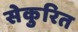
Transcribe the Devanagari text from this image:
सेकुरित